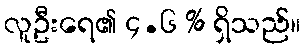
လူဦးရေ၏ ၄.၆ % ရှိသည်။